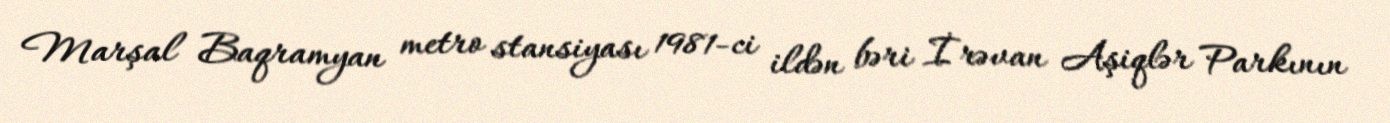
Marşal Baqramyan metro stansiyası 1981-ci ildən bəri İrəvan Aşiqlər Parkının